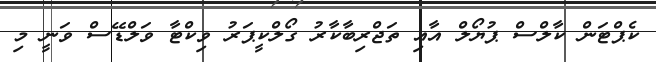
ކެޕްޓަން ކާލްސް ޕުޔޯލް އާއި ތަޖްރިބާކާރު ގޯލްކީޕަރު ވިކްޓާ ވަލްޑޭސް ވަނީ މި